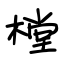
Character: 樘